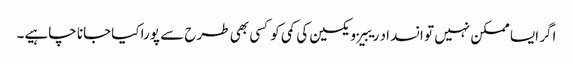
اگر ایسا ممکن نہیں تو انسداد ریبیز ویکسین کی کمی کو کسی بھی طرح سے پورا کیاجانا چاہیے۔